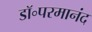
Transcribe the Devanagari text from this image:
डॉ॰परमानंद